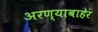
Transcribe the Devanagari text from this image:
अरण्याबाहेर